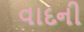
વાદની